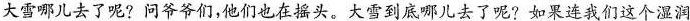
大雪哪儿去了呢?问爷爷们，他们也在摇头。大雪到底哪儿去了呢?如果连我们这个湿润